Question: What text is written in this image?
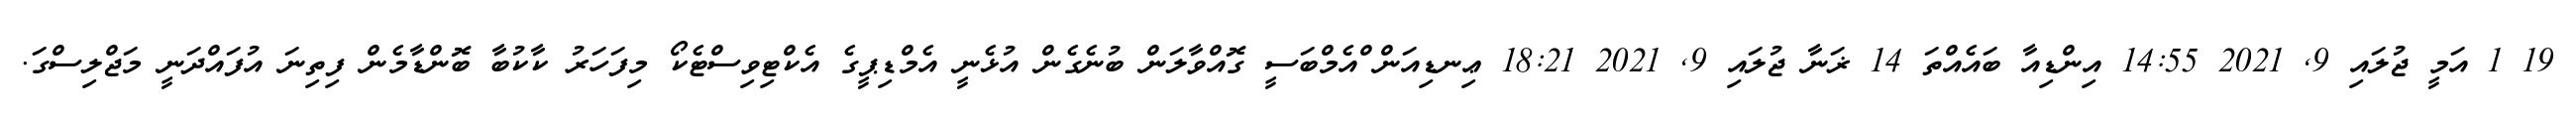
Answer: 19 1 އަމީ ޖުލައި 9, 2021 14:55 އިންޑިއާ ބައެއްތަ 14 ޜަނާ ޖުލައި 9, 2021 18:21 ޢިނޑިއަން ްއެމްބަސީ ގޮއްވާލަން ބުނެގެން އުޅެނީ އެމްޑިޕީގެ އެކްޓިވިސްޓެކޯ މިފަހަރު ކާކުބާ ބޮންޑާމެން ފިތިނަ އުފައްދަނީ މަޖްލިސްގަ.